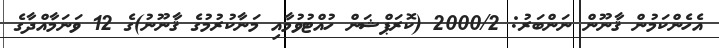
އެހެންކަމުން ޤާނޫން ނަންބަރު: 2000/2 (ކޮރަޕްޝަން ހުއްޓުވުމާއި މަނާކުރުމުގެ ޤާނޫނު)ގެ 12 ވަނަމާއްދާގެ